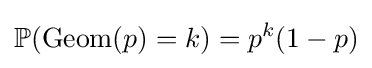
\mathbb {P} (\operatorname {Geom} (p)=k)=p^{k}(1-p)